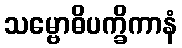
သမ္ဗောဓိပက္ခိကာနံ